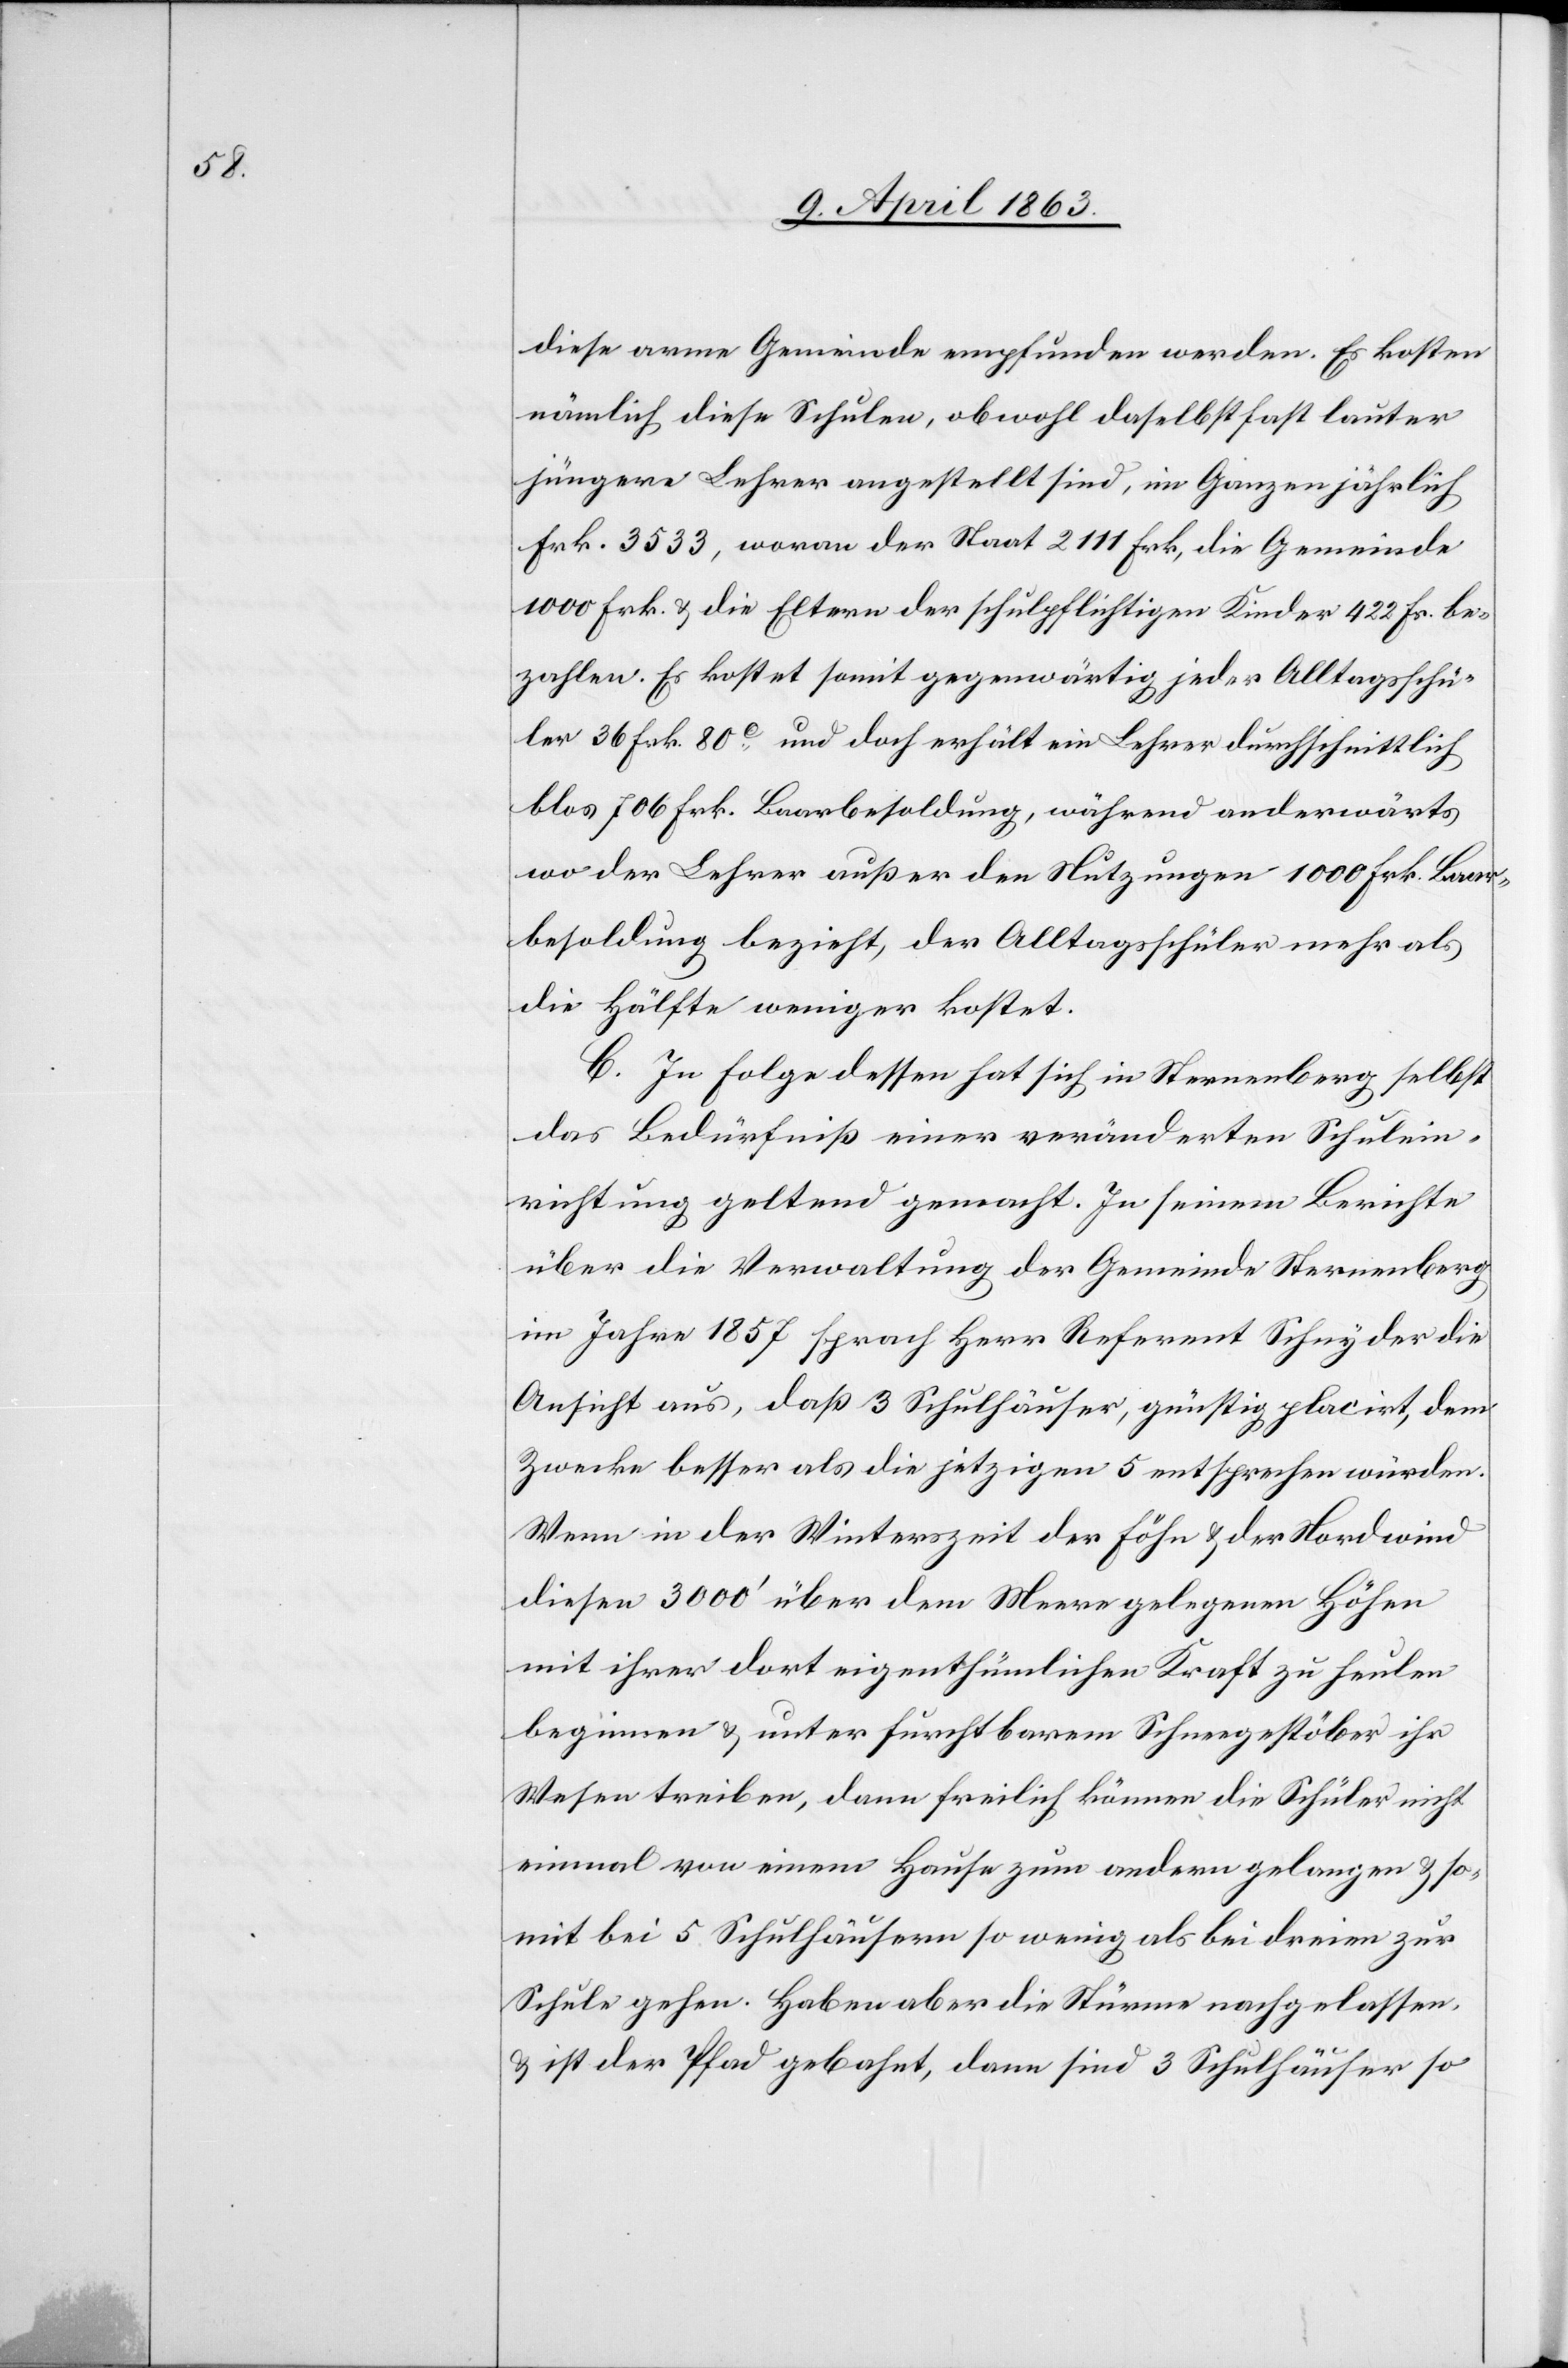
diese arme Gemeinde empfunden werden. Es kosten
nämlich diese Schulen, obwohl daselbst fast lauter
jüngere Lehrer angestellt sind, im Ganzen jährlich
Frk. 3533, woran der Staat 2111 Frk., die Gemeinde
1000 Frk. & die Eltern der schulpflichtigen Kinder 422 Fr. be¬
zahlen. Es kostet somit gegenwärtig jeder Alltagsschü¬
ler 36 Frk. 80c und doch erhält ein Lehrer durchschnittlich
blos 706 Frk. Baarbesoldung, während anderwärts
wo der Lehrer außer den Nutzungen 1000 Frk. Baar¬
besoldung bezieht, der Alltagsschüler mehr als
die Hälfte weniger kostet.
C. In Folge dessen hat sich in Sternenberg selbst
das Bedürfniß einer veränderten Schulein¬
richtung geltend gemacht. In seinem Berichte
über die Verwaltung der Gemeinde Sternenberg
im Jahre 1857 sprach Herr Referent Schnyder die
Ansicht aus, daß 3 Schulhäuser, günstig placirt, dem
Zwecke besser als die jetzigen 5 entsprechen würden.
Wenn in der Winterszeit der Föhn & der Nordwind
diesen 3000' über dem Meere gelegenen Höhen
mit ihrer dort eigenthümlichen Kraft zu heulen
beginnen & unter furchtbarem Schneegestöber ihr
Wesen treiben, dann freilich können die Schüler nicht
einmal von einem Hause zum andern gelangen & so¬
mit bei 5 Schulhäusern so wenig als bei dreien zur
Schule gehen. Haben aber die Stürme nachgelassen,
& ist der Pfad gebahnt, dann sind 3 Schulhäuser so